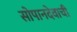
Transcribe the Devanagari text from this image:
सोपानदेवाची